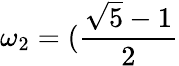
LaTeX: \omega_{2}=(\frac{\sqrt 5-1}{2}